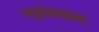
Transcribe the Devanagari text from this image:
न्यूरोसाइन्स